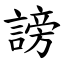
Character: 謗